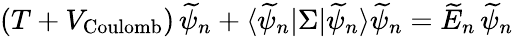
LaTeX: (T+V_{\textrm{Coulomb}})\, \widetilde\psi_{n}+\langle\widetilde\psi_{n}|\Sigma|\widetilde\psi_{n}\rangle\widetilde\psi_{n}=\widetilde{E}_{n}\, \widetilde\psi_{n}